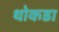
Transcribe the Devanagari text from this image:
थोकडा